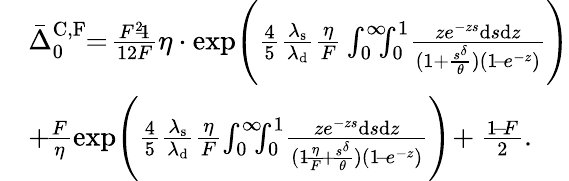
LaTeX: \begin{array}{rl}&{\bar{\Delta}_{0}^{\mathrm{C,F}}\! \! =\! \frac{F^{2}\! \! -\! \! 1}{12F}\eta\cdot\exp\! {\Bigg(\frac{4}{5}\frac{\lambda_{\mathrm{s}}}{\lambda_{\mathrm{d}}}\frac{\eta}{F}\int_{0}^{\infty}\! \! \! \int_{0}^{1}\! \frac{ze^{-zs}\mathrm{d}s\mathrm{d}z}{(1+\frac{s^{\delta}}{\theta})(1\! -\! e^{-z})}\Bigg)}}\\ &{+\! \frac{F}{\eta}\exp\! {\Bigg(\frac{4}{5}\frac{\lambda_{\mathrm{s}}}{\lambda_{\mathrm{d}}}\frac{\eta}{F}\! \int_{0}^{\infty}\! \! \! \int_{0}^{1}\! \frac{ze^{-zs}\mathrm{d}s\mathrm{d}z}{(1\! \! -\! \! \frac{\eta}{F}\! +\! \frac{s^{\delta}}{\theta})(1\! -\! e^{-z})}\Bigg)}\! +\frac{1\! -\! F}{2}.}\end{array}